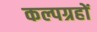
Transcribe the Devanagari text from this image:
कल्पग्रहों